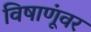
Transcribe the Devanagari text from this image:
विषाणूंवर